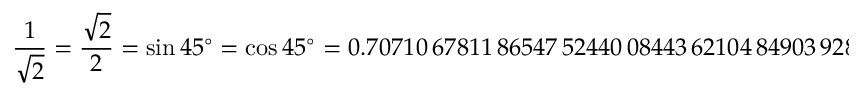
{ \frac { 1 } { \sqrt { 2 } } } = { \frac { \sqrt { 2 } } { 2 } } = \sin 4 5 ^ { \circ } = \cos 4 5 ^ { \circ } = 0 . 7 0 7 1 0 \, 6 7 8 1 1 \, 8 6 5 4 7 \, 5 2 4 4 0 \, 0 8 4 4 3 \, 6 2 1 0 4 \, 8 4 9 0 3 \, 9 2 8 4 8 . . .